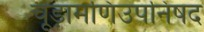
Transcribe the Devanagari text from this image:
चूड़ामणिउपनिषद